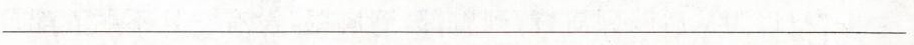
___